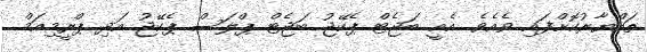
ތައްޔާރުކޮށްފައި ވެއެވެ. އެއީ ބަޖެޓް ޕެކޭޖު ބަޖެޓް ޕްލަސް ޕެކޭޖު އަދި ޕްރީމިއަމް